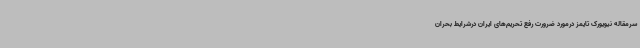
سرمقاله نیویورک تایمز درمورد ضرورت رفع تحریم‌های ایران درشرایط بحران